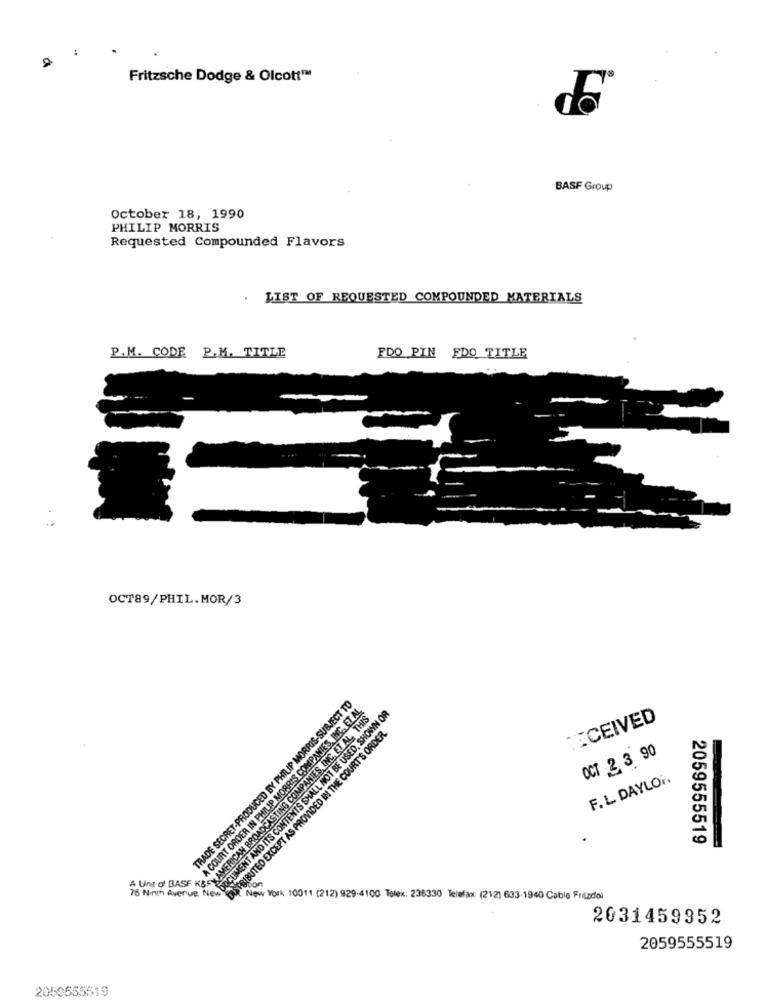
Fritzsche Dodge & Olcott™
BASF Group
October 18, 1990
PHILIP MORRIS
Requested Compounded Flavors
LIST OF REQUESTED COMPOUNDED MATERIALS
P.M. CODE P.M. TITLE
FDO PIN EDO TITLE
OCT89/PHIL.MOR/3
TRADE SECRET-PRODUCED BY PHILIP MORRIS-SUBJECT TO
A COURT ORDER IN PHILIP MORRIS COMPANIES, INC. ET AL.
XAMERICAN BROADCASTING COMPANIES, INC. ET AL ., THIS
DOCUMENT AND ITS CONTENTS SHALL NOT BE USED, SHOWN OR
RECEIVED
DISTRIBUTED EXCEPT AS PROVIDED IN THE COURT'S ORDER.
OCT 2.3 90
F. L DAYLO
2059555519
A Unt d' BASF KBS
75 Norun Averue No.DE
New York 10011 (212) 929-4100 Tolex: 236330 Telefax: (212) 633-1940 Cable Frezdol
2031459352
2059555519
2059555519